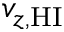
v _ { z , \mathrm { H I } }